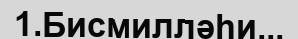
1.Бисмилләһи...